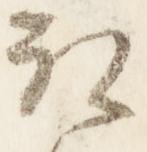
取